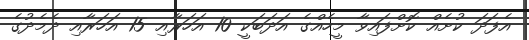
އެފަދަ ކުށެއް ކޮށްފައިވާ މީހެއްގެ އަދަބަކީ 10 އަހަރާއި 15 އަހަރާއި ދެމެދުގެ